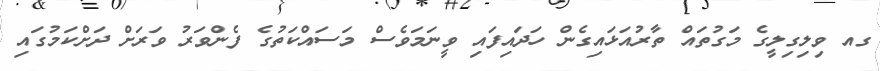
ގއ ވިލިގިލީގެ މަގުތައް ތާރުއަޅައިގެން ހަދައިފައި ވީނަމަވެސް މަސައްކަތުގެ ފެންވަރު ވަރަށް ދަށްކަމުގައި